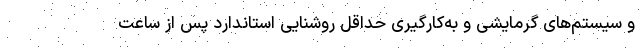
و سیستم‌های گرمایشی و به‌کارگیری حداقل روشنایی استاندارد پس از ساعت